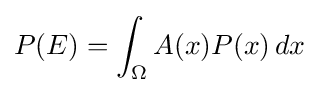
P(E)=\int _{\Omega }A(x)P(x)\,dx